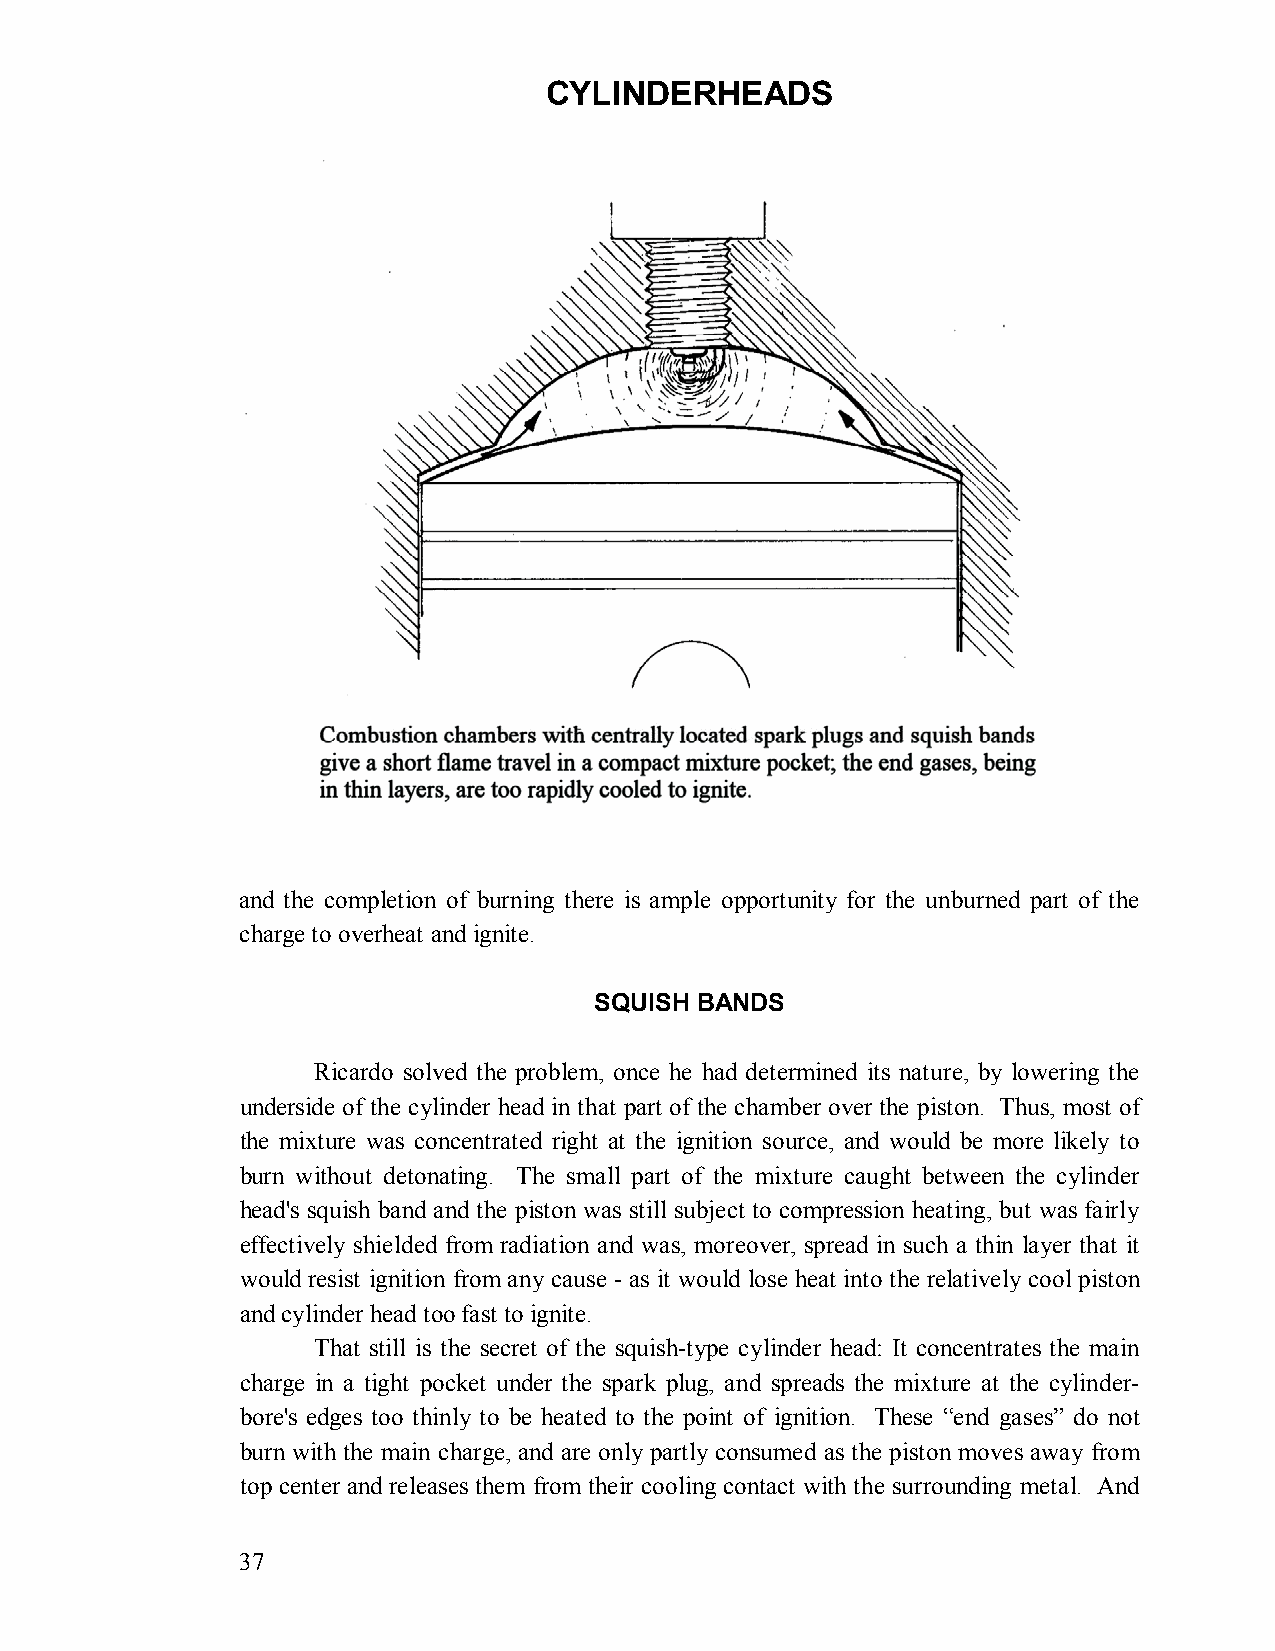
CYLINDERHEADS
 and the completion of burning there is ample opportunity for the unburned part of the
 charge to overheat and ignite.
 SQUISH BANDS
 Ricardo solved the problem, once he had determined its nature, by lowering the
 underside of the cylinder head in that part of the chamber over the piston. Thus, most of
 the mixture was concentrated right at the ignition source, and would be more likely to
 burn without detonating. The small part of the mixture caught between the cylinder
 head's squish band and the piston was still subject to compression heating, but was fairly
 effectively shielded from radiation and was, moreover, spread in such a thin layer that it
 would resist ignition from any cause - as it would lose heat into the relatively cool piston
 and cylinder head too fast to ignite.
 That still is the secret of the squish-type cylinder head: It concentrates the main
 charge in a tight pocket under the spark plug, and spreads the mixture at the cylinder-
 bore's edges too thinly to be heated to the point of ignition. These “end gases” do not
 burn with the main charge, and are only partly consumed as the piston moves away from
 top center and releases them from their cooling contact with the surrounding metal. And
 37